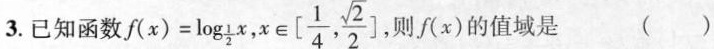
3.已知函数$$f ( x ) = \log _ { \frac { 1 } { 2 } } { x }$$，x \in [ \frac{1}{4}, \frac{\sqrt{2}}{2}则f(x)的值域是()